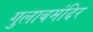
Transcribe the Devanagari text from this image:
गुलाबमंदिर